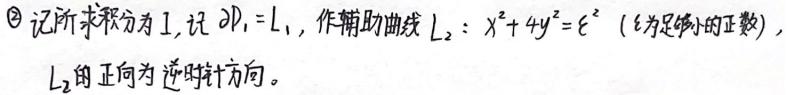
\textcircled{2} 记所求积分为 $I$, 记 $\partial D_1 = L_1$, 作辅助曲线 $L_2:x^{2}+4y^{2}=\varepsilon^{2}$（$\varepsilon$ 为足够小的正数）, $L_2$ 的正向为逆时针方向。